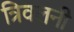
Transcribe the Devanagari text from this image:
त्रिवलनी